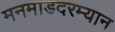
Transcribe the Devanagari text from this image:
मनमाडदरम्यान